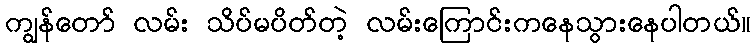
ကျွန်တော် လမ်း သိပ်မပိတ်တဲ့ လမ်းကြောင်းကနေသွားနေပါတယ်။